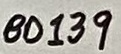
Text: BD139